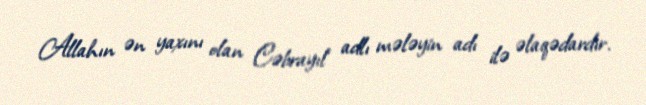
Allahın ən yaxını olan Cəbrayıl adlı mələyin adı ilə əlaqədardır.